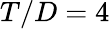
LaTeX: T/D=4